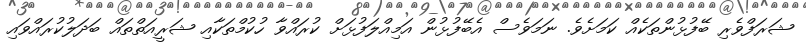
ޝަރަފްވެރި ބޭފުޅުންތަކެއް ކަމަށެވެ. ނަމަވެސް އެބޭފުޅުން އަމިއްލަފުޅަށް ކުރައްވާ ހުކުމްތަކާއި ޝަރީއަތްތައް ބަދަލުކުރައްވައި